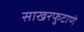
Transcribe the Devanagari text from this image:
साखरफुटाणे